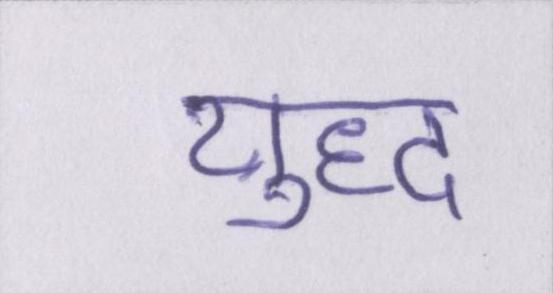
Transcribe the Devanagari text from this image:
युध्द